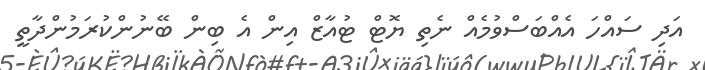
އަދި ސައްހަ އެއްބަސްވުމެއް ނެތި ޔޮޓް ޓުއާޒް އިން އެ ބިން ބޭނުންކުރަމުންދާތީ